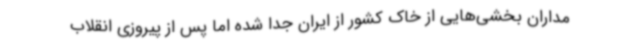
مداران بخشی‌هایی از خاک کشور از ایران جدا شده اما پس از پیروزی انقلاب